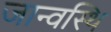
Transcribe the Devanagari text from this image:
जान्वस्थि